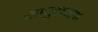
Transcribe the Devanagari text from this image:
समुद्रतलों